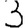
Digit: 3